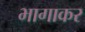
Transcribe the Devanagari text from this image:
भागाकर